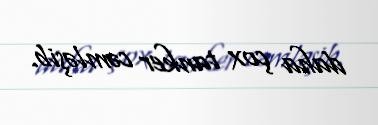
daha çox tanker cəmləşib.